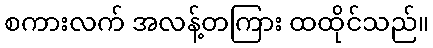
စကားလက် အလန့်တကြား ထထိုင်သည်။